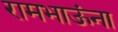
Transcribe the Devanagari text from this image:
रामभाऊंना